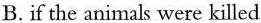
B.if the animals were killed